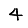
Digit: 4